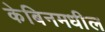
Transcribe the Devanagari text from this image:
केबिनमधील